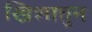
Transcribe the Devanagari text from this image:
खिशातुन